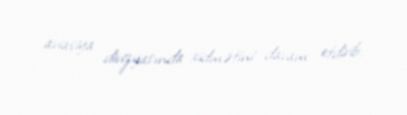
aviasiya divizyasında xidmətini davam etdirib.